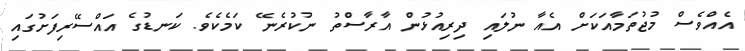
އެއްވެސް މުޖުތަމާއަކަށް އެއާ ނުލައި ދިރިއުޅުން އާރާސްތު ނުކުރެނޭ ކަމެކެވެ. ކަނޑުގެ އައްސޭރިފަށުގައި